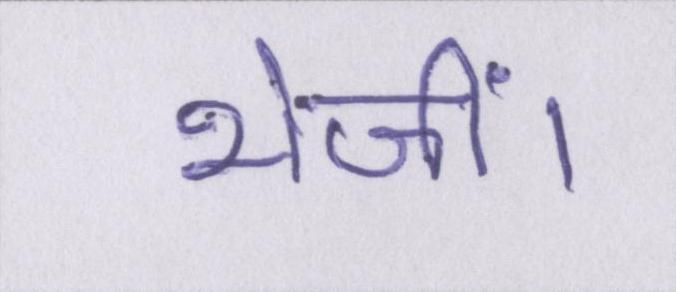
भेजीं।